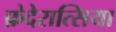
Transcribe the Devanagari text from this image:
फ़ेदेरात्सिया